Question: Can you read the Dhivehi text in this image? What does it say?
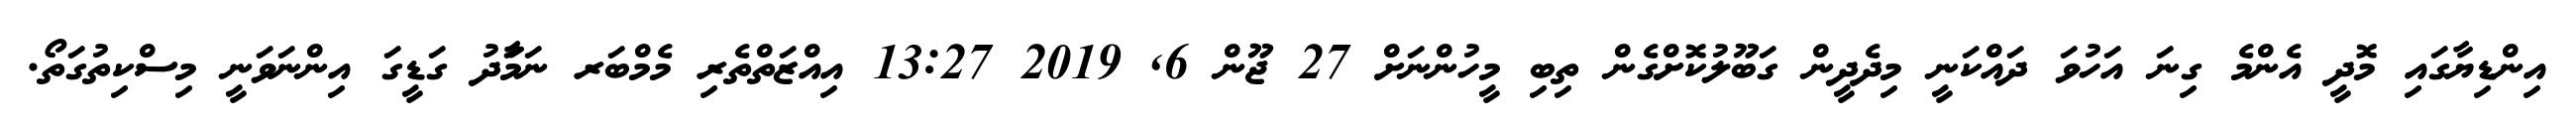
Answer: އިންޑިޔާގައި މޮދީ އެންމެ ގިނަ އަހުވަ ދައްކަނީ މިދެދީން ގަބޫލުކޮށްގެން ތިބި މީހުންނަށް 27 ޖޫން 6, 2019 13:27 އިއްޒަތްތެރި މެމްބަރ ނަމަާދު ގަޑީގަ އިންނަވަނީ މިސްކިތުގަތޯ.